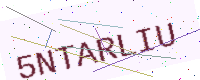
Text: 5NTARLIU